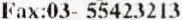
FAX:03- 55423213